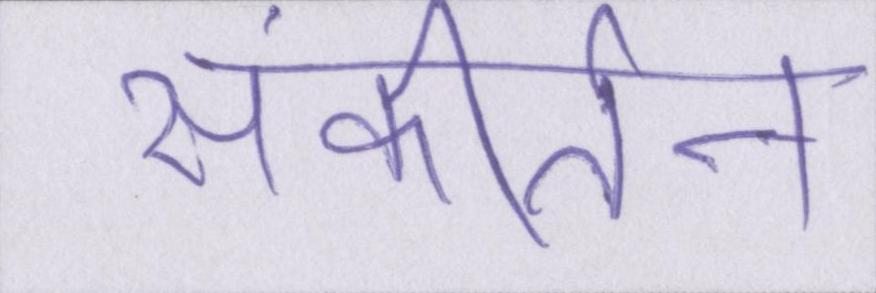
संकीर्तन